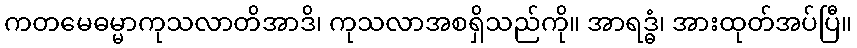
ကတမေဓမ္မာကုသလာတိအာဒိ၊ ကုသလာအစရှိသည်ကို။ အာရဒ္ဓံ၊ အားထုတ်အပ်ပြီ။